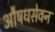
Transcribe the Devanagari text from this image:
औषधसेवन